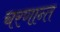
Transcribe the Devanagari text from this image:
चरणान्त